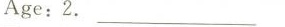
Age:2. _